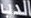
الدب